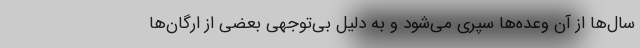
سال‌ها از آن وعده‌ها سپری می‌شود و به دلیل بی‌توجهی بعضی از ارگان‌ها